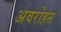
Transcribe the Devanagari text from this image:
अवरोहन